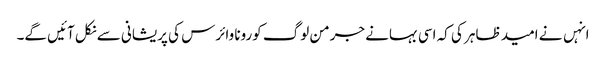
انہں نے امید ظاہر کی کہ اسی بہانے جرمن لوگ کورونا وائرس کی پریشانی سے نکل آئیں گے۔